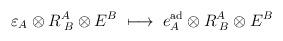
LaTeX: \begin{align*}\varepsilon_A \otimes R_{\; B}^A \otimes E^B \;\longmapsto \; e_A^{\rm ad}\otimes R_{\; B}^A \otimes E^B\end{align*}